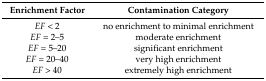
| Enrichment Factor | Contamination Category |
 | --- | --- |
 | EF < 2 | no enrichment to minimal enrichment |
 | EF = 2–5 | moderate enrichment |
 | EF = 5–20 | significant enrichment |
 | EF = 20–40 | very high enrichment |
 | EF > 40 | extremely high enrichment |